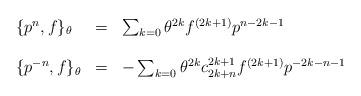
LaTeX: \begin{align*}\begin{array}{lcl}\{p^{n}, f\}_{\theta} &=& \sum _{k=0} {\theta}^{2k}f^{(2k+1)}p^{n-2k-1}\\\\\{p^{-n}, f\}_{\theta} &=&-\sum _{k=0} {\theta}^{2k}c^{2k+1}_{2k+n}f^{(2k+1)}p^{-2k-n-1}\\\\\end{array}\end{align*}